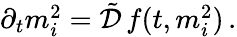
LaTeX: \begin{array}{r}{\partial_{t}m_{i}^{2}=\tilde{\mathcal{D}}\, f(t,m_{i}^{2})\, .}\end{array}